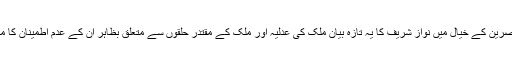
بعض مبصرین کے خیال میں نواز شریف کا یہ تازہ بیان ملک کی عدلیہ اور ملک کے مقتدر حلقوں سے متعلق بظاہر ان کے عدم اطمینان کا مظہر ہے۔